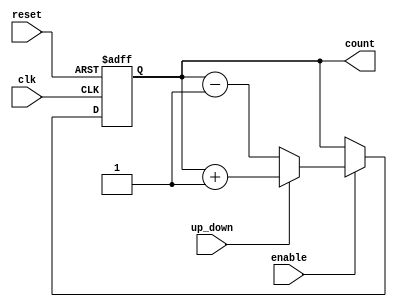
module up_down_counter #(
    parameter N = 8  // Parameter for the bit-width of the counter
)(
    input wire clk,          // Clock signal
    input wire reset,        // Asynchronous reset signal
    input wire up_down,      // Control signal for counting direction
    input wire enable,       // Enable signal for counting
    output reg [N-1:0] count // Current count value
);

// Asynchronous reset and counting logic
always @(posedge clk or posedge reset) begin
    if (reset) begin
        count <= 0; // Reset the counter to zero
    end else if (enable) begin
        if (up_down) begin
            count <= count + 1; // Count up
        end else begin
            count <= count - 1; // Count down
        end
    end
    // If enable is low, the counter retains its value
end

endmodule